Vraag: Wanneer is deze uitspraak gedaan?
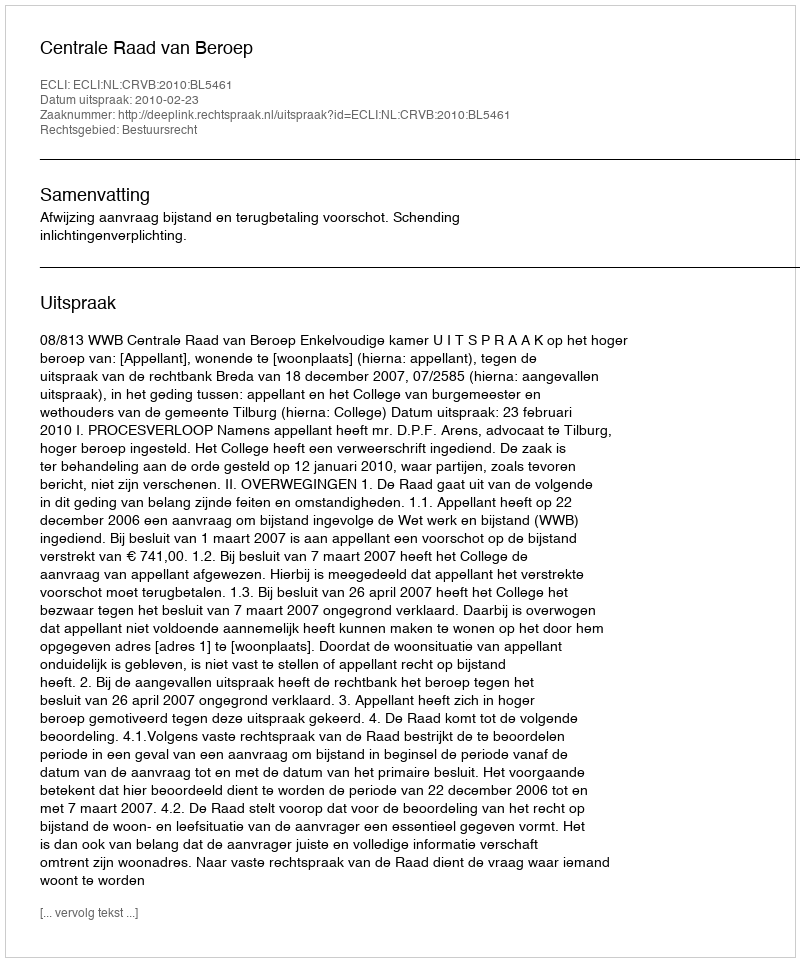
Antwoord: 2010-02-23